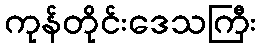
ကုန်တိုင်းဒေသကြီး